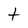
Character: t